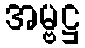
အမ္ဗဋ္ဌ